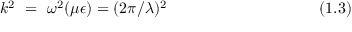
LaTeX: k ^ { 2 } ~ = ~ \omega ^ { 2 } ( \mu \epsilon ) = ( 2 \pi / \lambda ) ^ { 2 } ~ ~ ~ ~ ~ ~ ~ ~ ~ ~ ~ ~ ~ ~ ~ ~ ~ ~ ~ ~ ~ ~ ~ ~ ~ ~ ~ ~ ~ ( 1 . 3 )